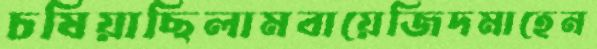
চষিয়াছিলামবায়েজিদমাহেন